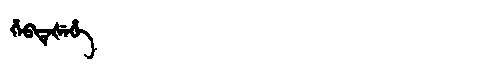
Manchu: ᡥᡝᠪᡨᡝᡧᡝᡥᡝ
Romanization: HEBTEŠEHE